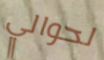
لحوالي